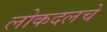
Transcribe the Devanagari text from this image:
लोकदलचे